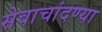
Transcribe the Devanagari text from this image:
सेवाचांदण्या